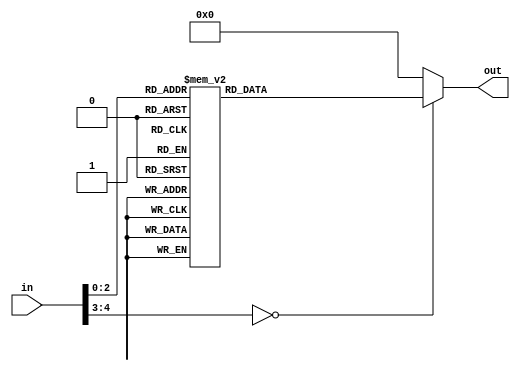
/*
   This file was generated automatically by the Mojo IDE version B1.3.3.
   Do not edit this file directly. Instead edit the original Lucid source.
   This is a temporary file and any changes made to it will be destroyed.
*/

module latch_decoder_18 (
    input [4:0] in,
    output reg [23:0] out
  );
  
  
  
  always @* begin
    
    case (in)
      1'h0: begin
        out = 24'h000000;
      end
      1'h1: begin
        out = 24'h040000;
      end
      2'h2: begin
        out = 24'h050000;
      end
      2'h3: begin
        out = 24'h053000;
      end
      3'h4: begin
        out = 24'h053800;
      end
      3'h5: begin
        out = 24'h053940;
      end
      3'h6: begin
        out = 24'h053970;
      end
      3'h7: begin
        out = 24'h053977;
      end
      default: begin
        out = 24'h000000;
      end
    endcase
  end
endmodule